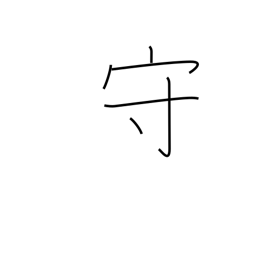
Meaning: defend